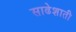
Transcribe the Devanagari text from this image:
साढेशाती